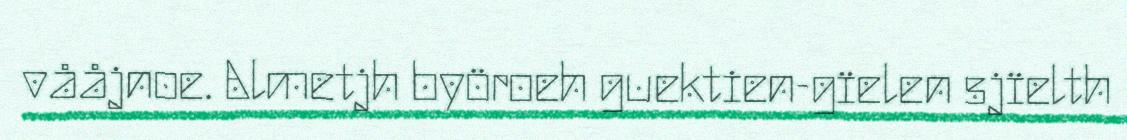
vååjnoe. Almetjh byöroeh guektien-gïelen sjïelth